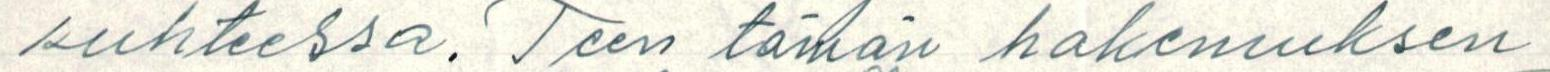
suhteessa. Teen tämän hakemuksen